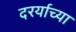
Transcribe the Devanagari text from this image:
दरर्याच्या